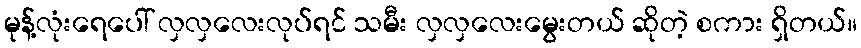
မုန့်လုံးရေပေါ် လှလှလေးလုပ်ရင် သမီး လှလှလေးမွေးတယ် ဆိုတဲ့ စကား ရှိတယ်။